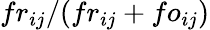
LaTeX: fr_{ij}/(fr_{ij}+fo_{ij})